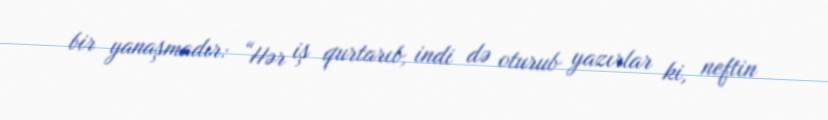
bir yanaşmadır: “Hər iş qurtarıb, indi də oturub yazırlar ki, neftin